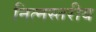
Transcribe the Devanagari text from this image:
नित्नस्तरीय